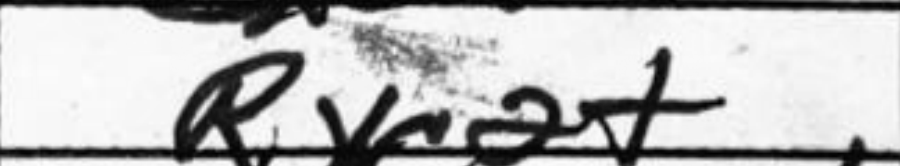
Transcription: Rxc2+